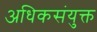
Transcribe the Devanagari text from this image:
अधिकसंयुक्त